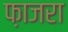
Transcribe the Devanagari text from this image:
फ़ाजरा